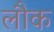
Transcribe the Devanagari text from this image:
लौक